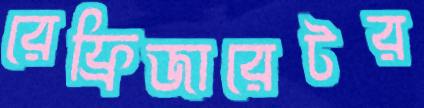
রেফ্রিজারেটর